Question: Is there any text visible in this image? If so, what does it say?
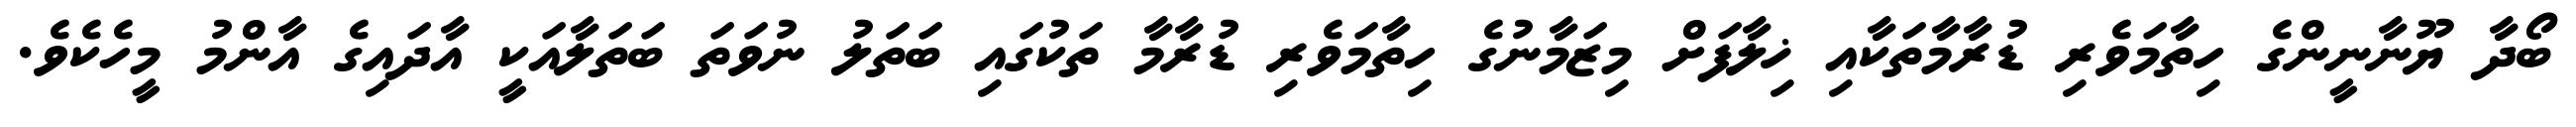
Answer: ބޯދާ ޔޫނާނީންގެ ހިތާމަވެރި ޑުރާމާތަކާއި ޚިލާފަށް މިޒަމާނުގެ ހިތާމަވެރި ޑުރާމާ ތަކުގައި ބަތަލު ނުވަތަ ބަތަލާއަކީ އާދައިގެ އާންމު މީހެކެވެ.